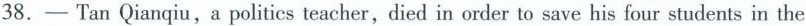
38.-Tan Qianqiu,a politics teacher, died in order to save his four students in the